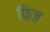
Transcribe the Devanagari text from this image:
फ़िज़